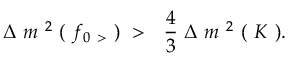
\Delta \ m ^ { \ 2 } \ ( \ f _ { 0 \ > } \ ) \ > \ \ \frac { 4 } { 3 } \ \Delta \ m ^ { \ 2 } \ ( \ K \ ) .